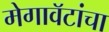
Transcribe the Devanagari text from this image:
मेगावॅटांचा